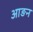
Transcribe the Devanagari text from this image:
आङन